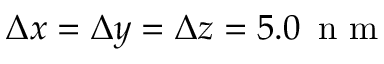
\Delta x = \Delta y = \Delta z = 5 . 0 \, \mathrm { ~ n ~ m ~ }